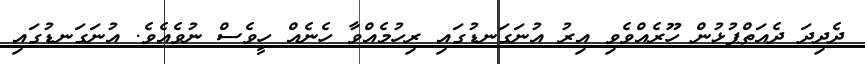
ދެދިދަ ދެއަތްޕުޅުން ހޫރެއްވެވި އިރު އުނަގަނޑުގައި ރިހުމެއްވާ ހެނެއް ހީވެސް ނުވެއެވެ. އުނަގަނޑުގައި